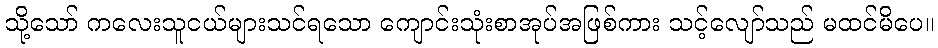
သို့သော် ကလေးသူငယ်များသင်ရသော ကျောင်းသုံးစာအုပ်အဖြစ်ကား သင့်လျော်သည် မထင်မိပေ။